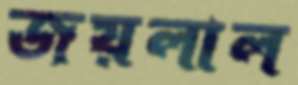
জয়লাল